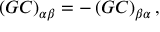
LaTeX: \left( G C \right) _ { \alpha \beta } = - \left( G C \right) _ { \beta \alpha } ,